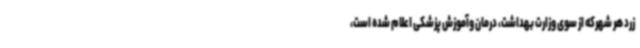
زرد هر شهرکه از سوی وزارت بهداشت، درمان وآموزش پزشکی اعلام شده است،